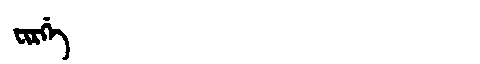
Manchu: ᠸᡳᡵᡤᡝ
Romanization: FIRGE